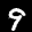
Label: 9